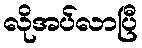
လိုအပ်လာပြီ